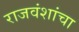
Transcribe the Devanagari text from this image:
राजवंशांचा